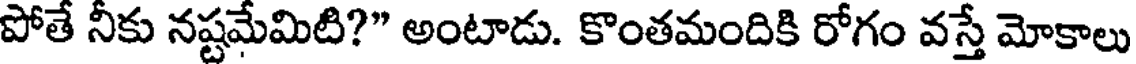
పోతే నీకు నష్టమేమిటి?" అంటాడు. కొంతమందికి రోగం వస్తే మోకాలు